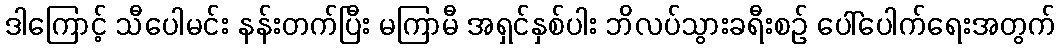
ဒါကြောင့် သီပေါမင်း နန်းတက်ပြီး မကြာမီ အရှင်နှစ်ပါး ဘိလပ်သွားခရီးစဉ် ပေါ်ပေါက်ရေးအတွက်